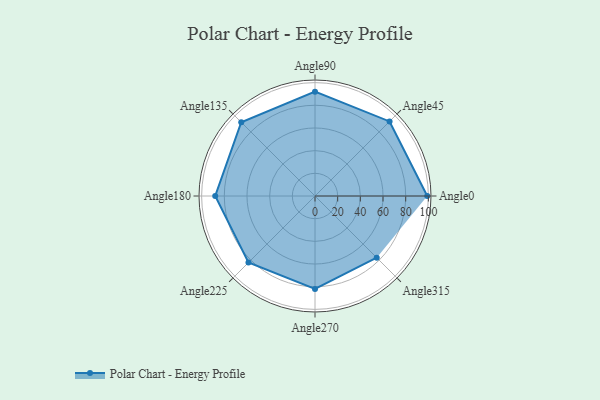
{"axis": {"x": "Angle", "y": "Radius"}, "legend": [""], "data": [{"x": "Angle0", "y": 99.0, "type": ""}, {"x": "Angle45", "y": 93.0, "type": ""}, {"x": "Angle90", "y": 92.0, "type": ""}, {"x": "Angle135", "y": 92.0, "type": ""}, {"x": "Angle180", "y": 88.0, "type": ""}, {"x": "Angle225", "y": 83.0, "type": ""}, {"x": "Angle270", "y": 82.0, "type": ""}, {"x": "Angle315", "y": 77.0, "type": ""}]}